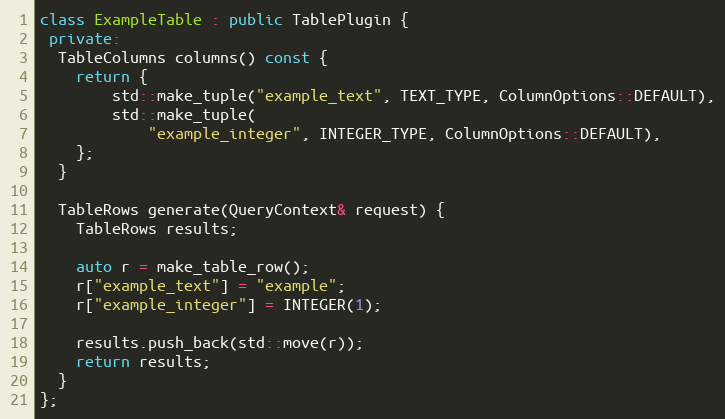
Language: C++
class ExampleTable : public TablePlugin {
 private:
  TableColumns columns() const {
    return {
        std::make_tuple("example_text", TEXT_TYPE, ColumnOptions::DEFAULT),
        std::make_tuple(
            "example_integer", INTEGER_TYPE, ColumnOptions::DEFAULT),
    };
  }

  TableRows generate(QueryContext& request) {
    TableRows results;

    auto r = make_table_row();
    r["example_text"] = "example";
    r["example_integer"] = INTEGER(1);

    results.push_back(std::move(r));
    return results;
  }
};